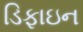
ડિફાઇન